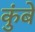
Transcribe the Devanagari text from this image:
कुंबे